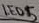
Text: LED5